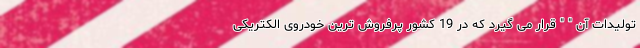
تولیدات آن " " قرار می گیرد که در 19 کشور پرفروش ترین خودروی الکتریکی